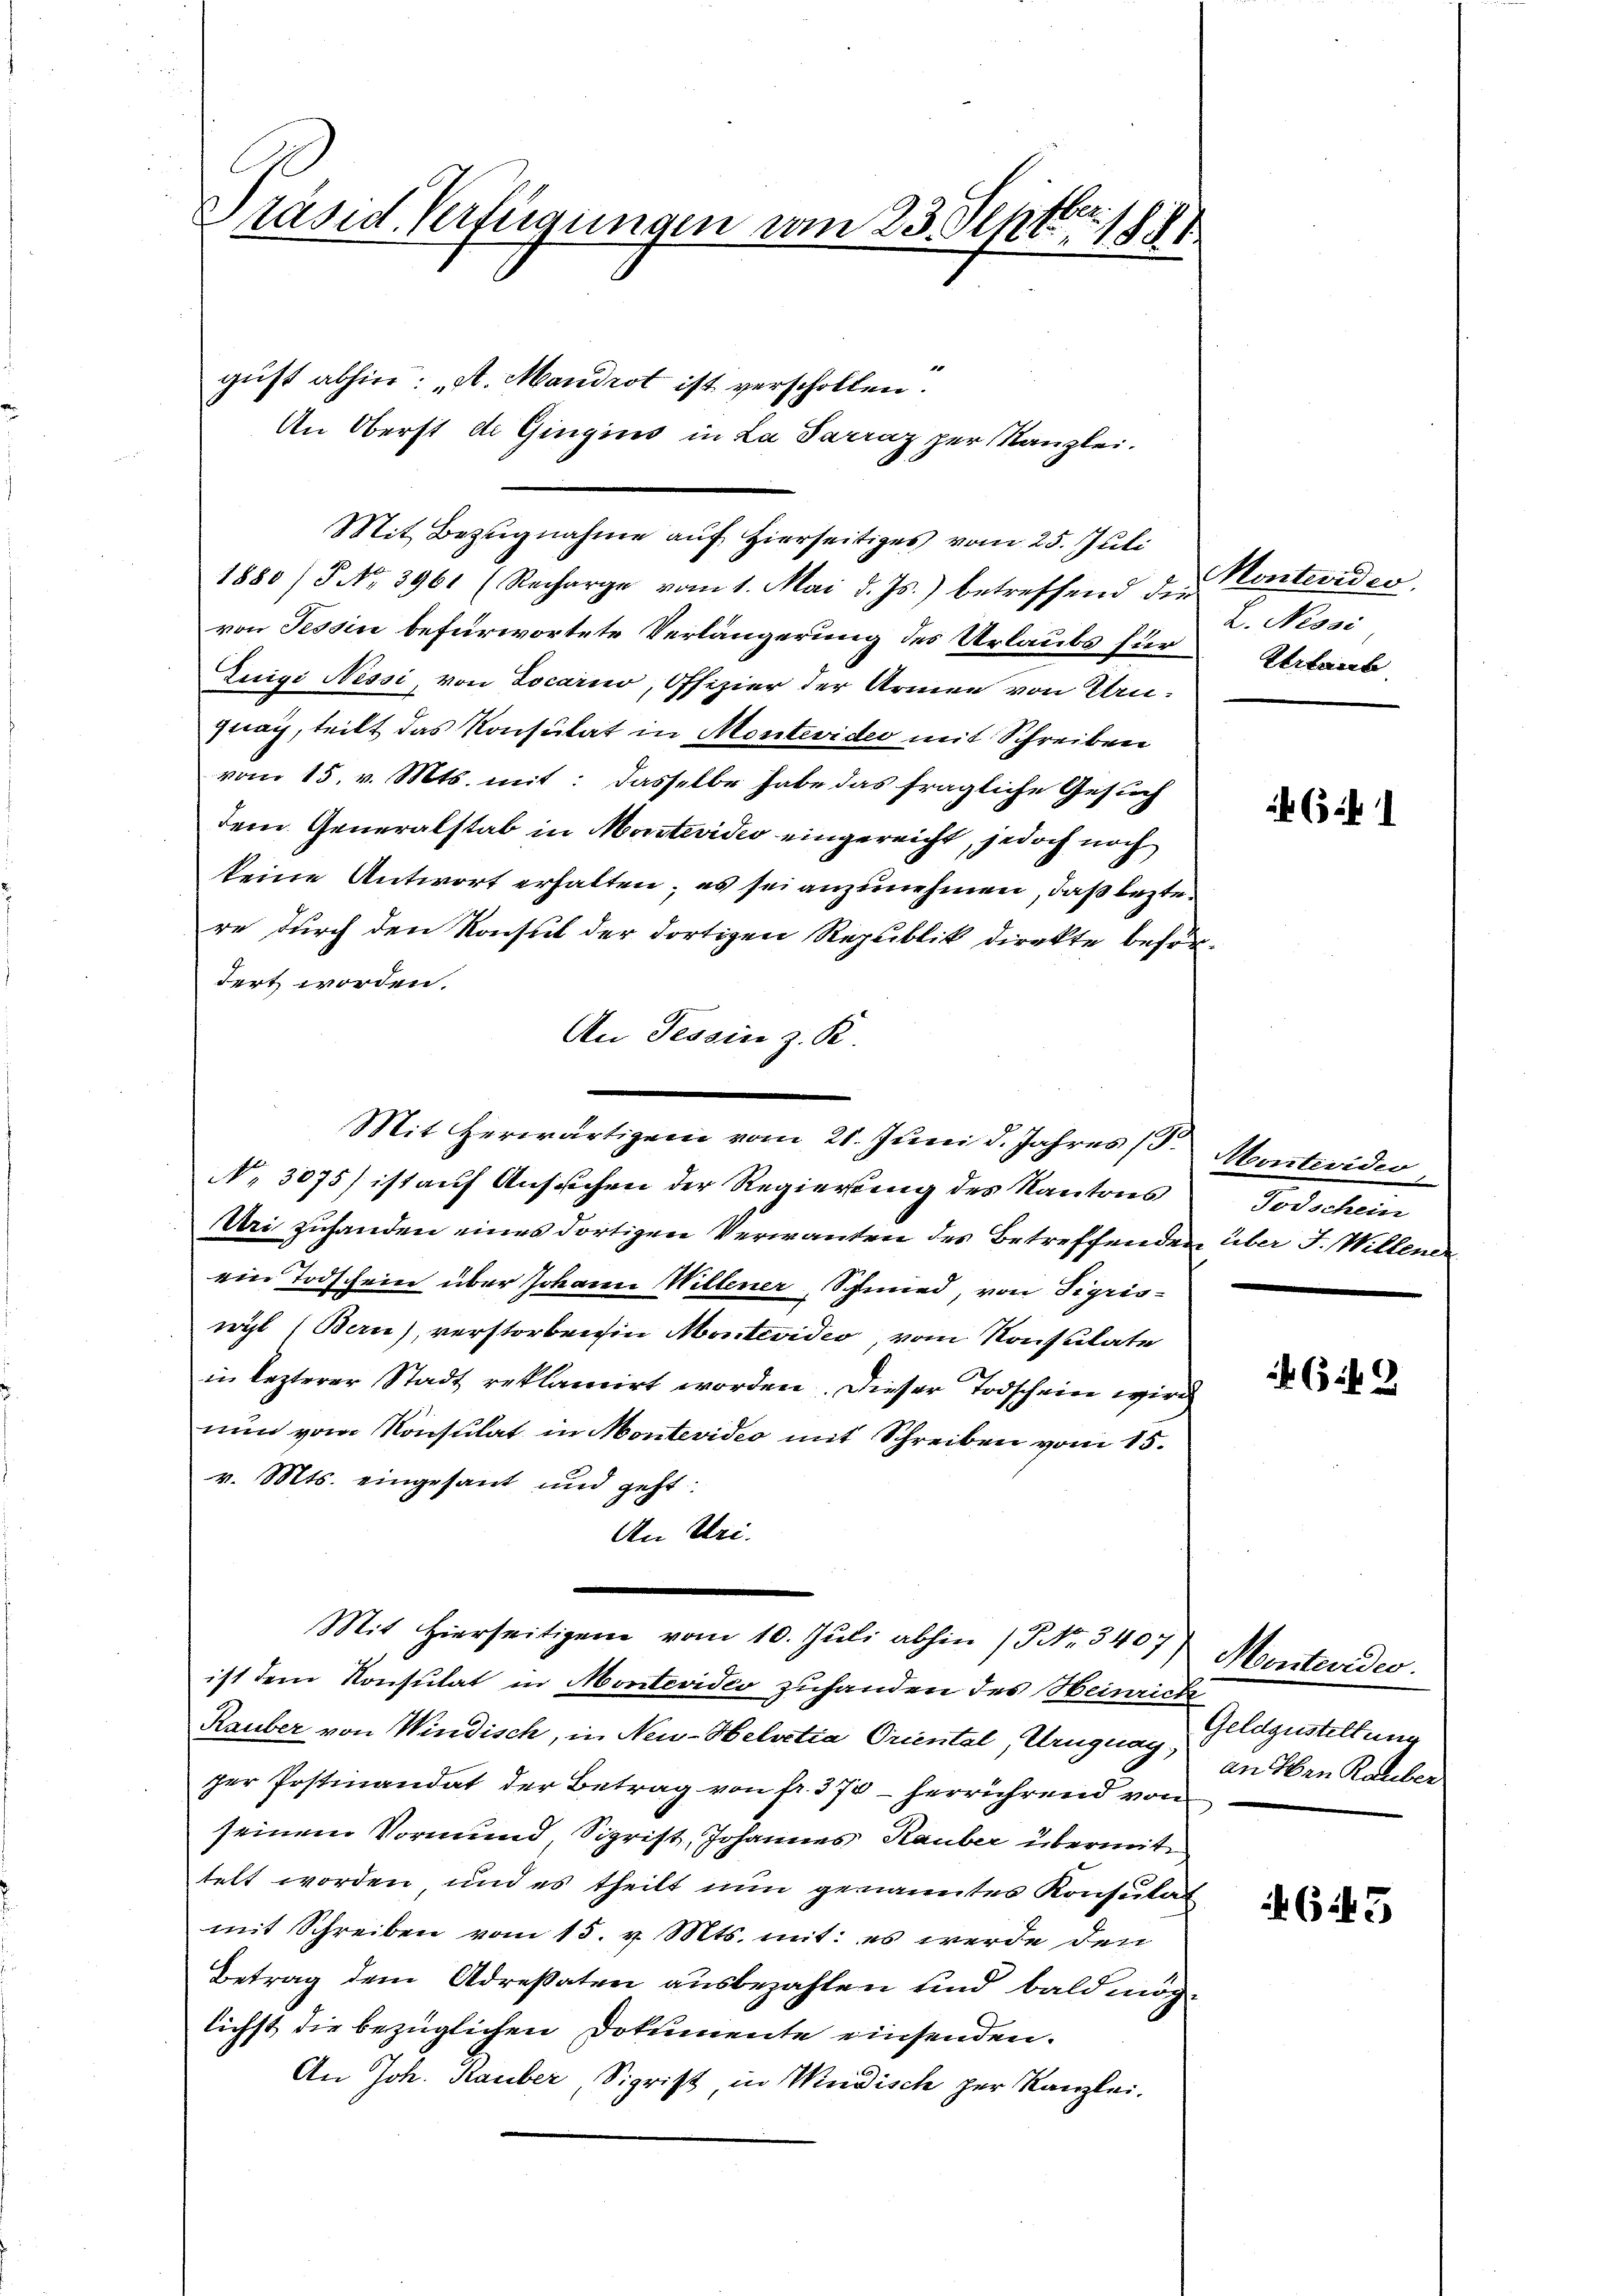
Präsid. Verfügungen vom 23. Septbr. 188

gust abhin: „A. Mandrot ist verschollen.

Mit Bezugnahme auf hierseitiges vom 25. Juli
1880 / No. 3961 (Recharge vom 1. Mai d. Js.) betreffend die
von Tessin befürwortete Verlängerung des Urlaubs für Urlaub
Zuigi Nessi, von Locarno, Offizier der Armee von Etruznay, teilt das Konsulat in Montevideo mit Schreiben
vom 15. v. Mts. mit: dasselbe habe das fragliche Gesuch
dem Generalstab in Montevidio eingereicht, jedoch noch
keine Antwort erhalten; es sei anzunehmen, daß lezte
re durch den Konsul der dortigen Republik direkte befördert worden.
An Tessin z. R.
No. 3075) ist auf Ansuchen der Regierung des Kantons
Uri zuhanden eines dortigen Verwanden des Betreffenden über J. Willende
ein Todschein über Johann Willener Schmied, von Sigriswyl (Bern), verstorbenen Montevidio, vom Konsulate
in lezterer Stadt reklamirt worden. Dieser Todschein wird
nun vom Konsulat in Montevidio mit Schreiben vom 15.
v. Mts. eingesant und geht
An Uri.
Mit hierseitigen vom 10. Jŭli abhin (No. 3407)
ist dem Konsulat in Montevidio zuhanden des Heinrich
Rauber von Windisch, in Neu-Helvetia Oriental Uruguag,
ger Postinandat der Betrag von fr. 370 - herrührend von
seinem Vormund, Sigrist, Johannes Rauber übermit
telt worden und es theilt nun genanntes Konsulat
mit Schreiben vom 15. v. Mts. mit: es werde den
Betrag dem Adresaten ausbezahlen und bald möglichst die bezüglichen Dokumente einsenden.
An Joh. Rauber, Sigrist, in Müdisch zur Kanzlei,

An Oberst de Gingins in La Parraz per Kanzlei.

Mit herwärtigem vom 21. Juni d. Jahres 13. Montevidio

Montevideo
L. Nessi

6 f 1

Todschein

643.

Montevides.
Geldzustellung
an in Rauber

645